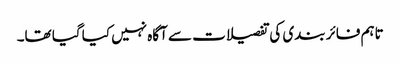
تاہم فائر بندی کی تفصیلات سے آگاہ نہیں کیا گیا تھا۔